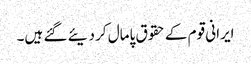
ایرانی قوم کے حقوق پامال کر دیئے گئے ہیں۔